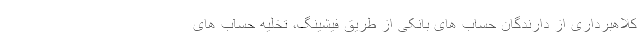
کلاهبرداری از دارندگان حساب های بانکی از طریق فیشینگ، تخلیه حساب های